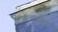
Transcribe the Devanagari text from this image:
स्वप्नभूमीला